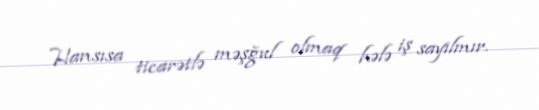
Hansısa ticarətlə məşğul olmaq hələ iş sayılmır.